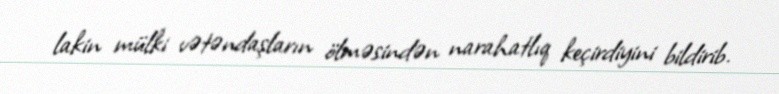
lakin mülki vətəndaşların ölməsindən narahatlıq keçirdiyini bildirib.